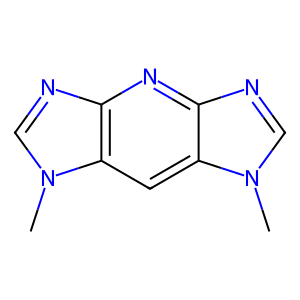
SMILES: Cn1cnc2nc3ncn(C)c3cc21
Inhibits HIV replication: No